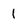
Character: 1